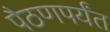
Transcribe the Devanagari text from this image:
पैठणपर्यंत